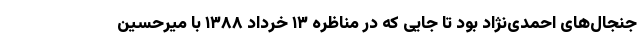
جنجال‌های احمدی‌نژاد بود تا جایی که در مناظره ۱۳ خرداد ۱۳۸۸ با میرحسین